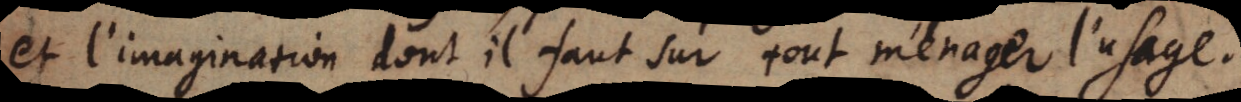
et l’imagination dont il faut sur tout ménager l’usage.